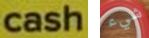
cash شيء